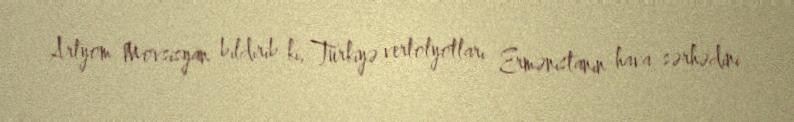
Artyom Movsisyan bildirib ki, Türkiyə vertolyotları Ermənistanın hava sərhədini